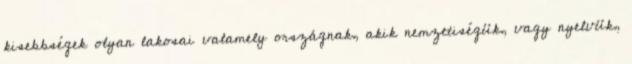
kisebbségek olyan lakosai valamely országnak, akik nemzetiségük, vagy nyelvük,